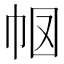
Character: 𭘗